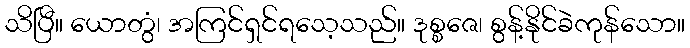
သိပြီ။ ယောတွံ၊ အကြင်ရှင်ရသေ့သည်။ ဒုစ္စဇေ၊ စွန့်နိုင်ခဲကုန်သော။